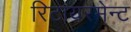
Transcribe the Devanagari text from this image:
रिटायरमेन्ट